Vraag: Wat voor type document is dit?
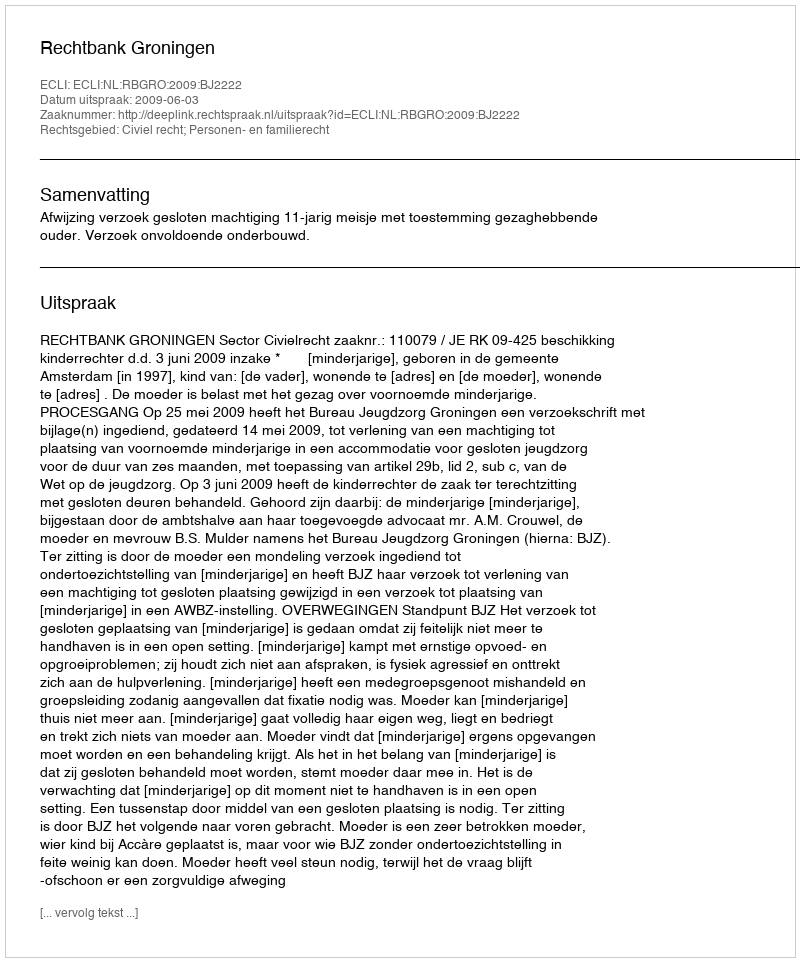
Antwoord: Uitspraak